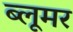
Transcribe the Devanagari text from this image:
ब्लूमर